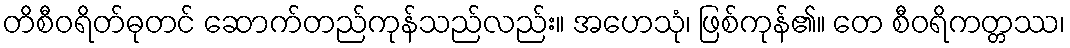
တိစီဝရိတ်ဓုတင် ဆောက်တည်ကုန်သည်လည်း။ အဟေသုံ၊ ဖြစ်ကုန်၏။ တေ စီဝရိကတ္တဿ၊